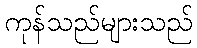
ကုန်သည်များသည်